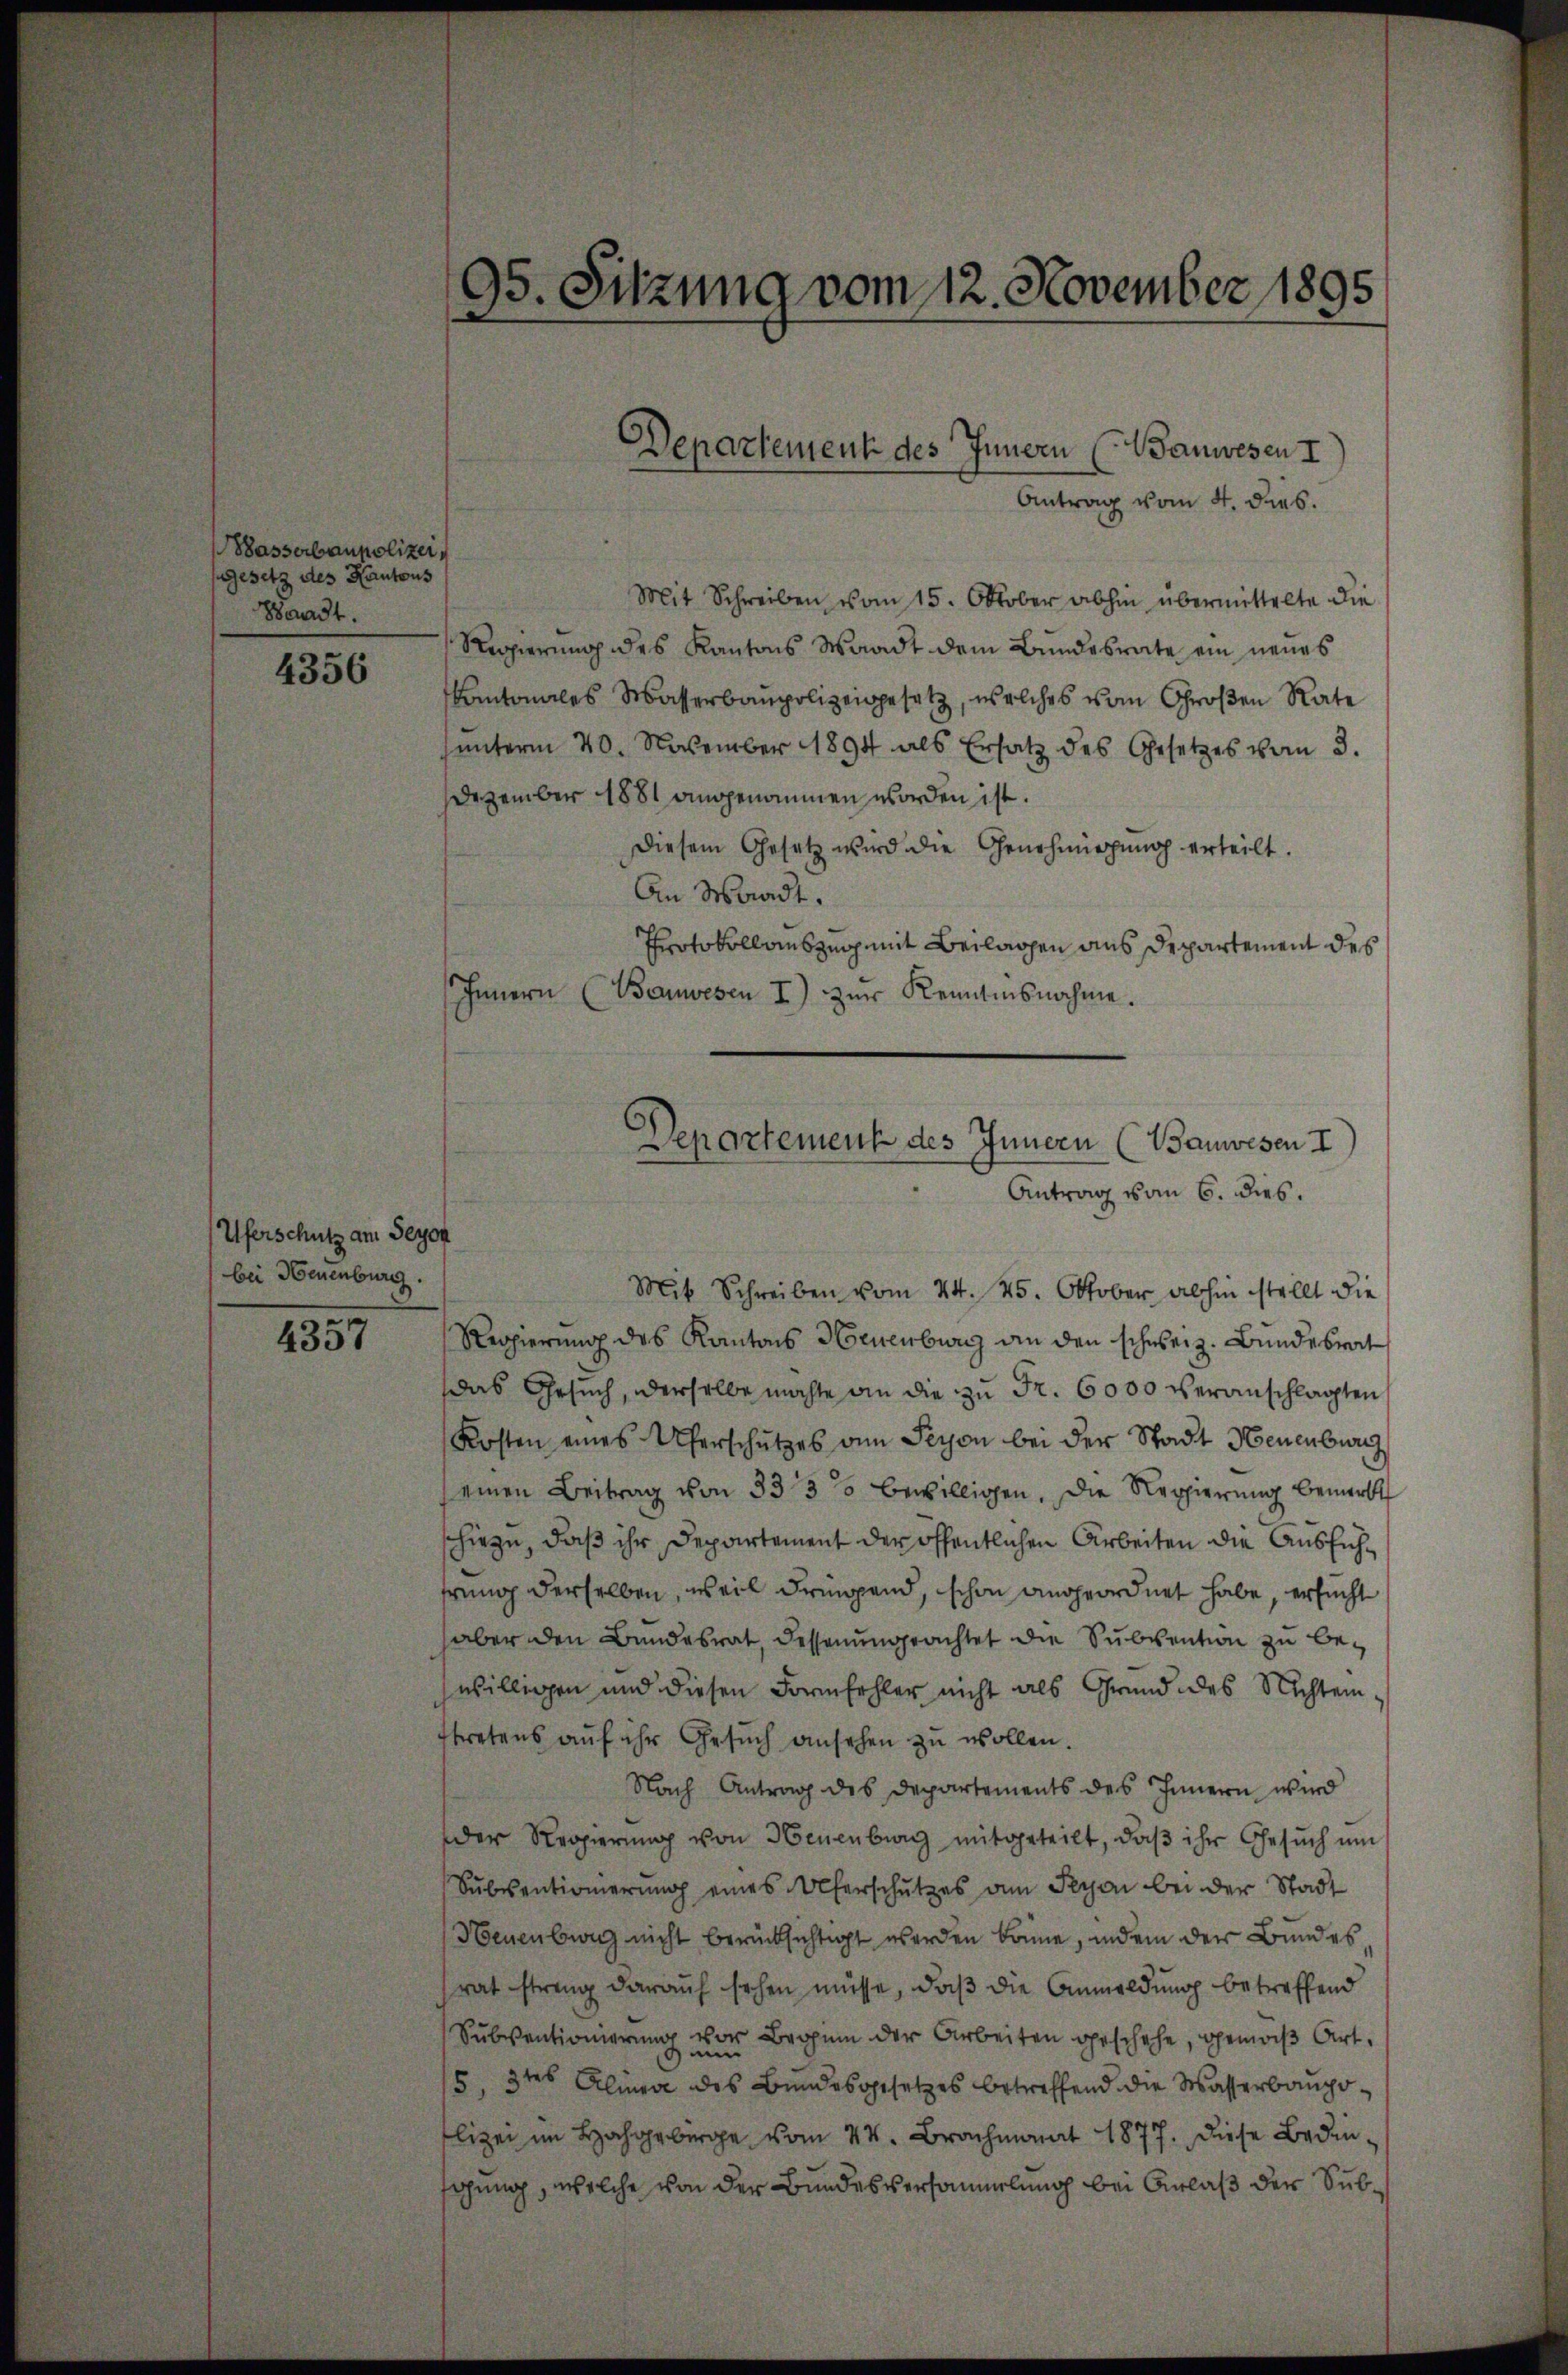
Wasserbaupolizei¬
Gesetz des Kantons
Waadt.

4356

Uferschutz am Seyor
bei Neuenburg.

4357

Mit Schreiben vom 15. Oktober abhin übermittelte die
Regierung des Kantons Waadt dem Bundesrate ein neues
kantonales Wasserbaupolizeigesetz, welches vom Großen Rate
unterm 20. November 1894 als Ersatz des Gesetzes vom 3.
Dezember 1881 angenommen worden ist.
Diesem Gesetz wird die Genehmigŭng erteilt.
An Waadt.
Protokollauszug mit Beilagen aus Departement des
Innern (Bauwesen I) zŭr Kenntnisnahme.

95. Sitzung vom 12. November 1895

Departement des Innern (Wanwesen I
Antrag vom 4. dies.

Mit Schreiben vom 24. 25. Oktober abhin stellt die
Regierung des Kantons Neuenburg an den schweiz. Bundesrat
Das Gesuch, derselbe machte an die zu Fr. 6000 veranschlagten
Kosten eines Uferschützes von Seyon bei der Stadt Neuenburg
einen Beitrag von 333 bewilligen. Die Regierung bemerkt
schiezu, daß ihr Departement der öffentlichen Arbeiten die Ausführung derselben, weil dringend, schon angeordnet habe, ersucht
aber den Bundesrat, dessenungeachtet die Subvention zu be-
willigen und diesen Formfehler nicht als Grund des Nichtenftretens aŭf ihr Gesŭch ansehen zŭ wollen.
Nach Antrag des Departements des Innern wird
der Regierŭng von Neuenburg mitgeteilt, daβ ihr Gesŭch ŭm
Sŭbsentionierung eines Alterschutzes am Seyon bei der Stadt
Neuenburg nicht berücksichtigt werden könne, indem der Bundesrat streng darauf sehen müsse, daß die Anmeldung betreffend
Subventionierung vor Braun der Arbeiten geschehe, gemäß Art.
5, 3tes Alinea des Bundesgesetzes betreffend die Wasserbaupolizei im Hochgebirge vom 14. Brachmonat 1877. Diese Bedinfgung, welche von der Bundesversammlung bei Anlaß der Sub¬

Departement des Innern (Bauwesen I
Antrag vom 6. dies.